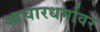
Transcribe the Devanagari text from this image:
आचारधर्मावर